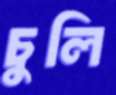
চুলি